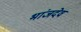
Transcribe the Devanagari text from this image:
भांजदेव